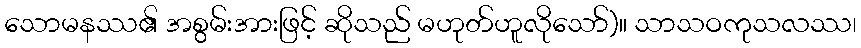
သောမနဿ၏ အစွမ်းအားဖြင့် ဆိုသည် မဟုတ်ဟူလိုသော်)။ သာသဝကုသလဿ၊